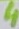
Text: 4